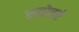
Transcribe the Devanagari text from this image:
सप्तोत्तरं